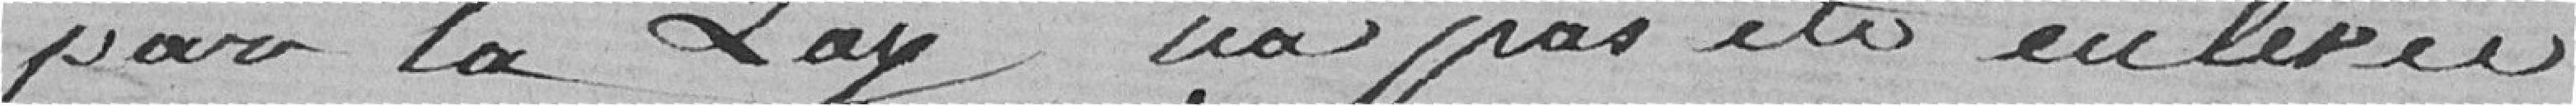
par la loi n'a pas été enlevée